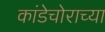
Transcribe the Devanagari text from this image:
कांडेचोराच्या